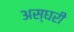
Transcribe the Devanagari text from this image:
अस्घरी